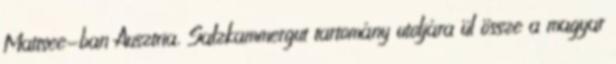
Mattsee-ban Ausztria, Salzkammergut tartomány utoljára ül össze a magyar